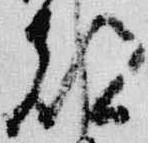
都